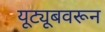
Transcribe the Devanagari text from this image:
यूट्यूबवरून